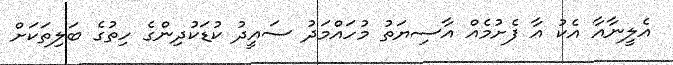
އެލީނާއާ އެކު އާ ފެށުމެއް އާސިޔަތު މުހައްމަދު ސައީދު ކުޑަކުދިންގެ ހިތުގެ ބަލިތަކަށް